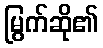
မြွက်ဆို၏